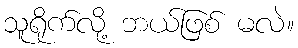
သူရိုက်လို့ ဘယ်ဖြစ် မလဲ။